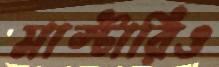
মাস্টারিও